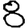
Digit: 8